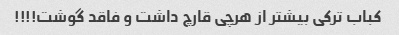
کباب ترکی بیشتر از هرچی قارچ داشت و فاقد گوشت!!!!